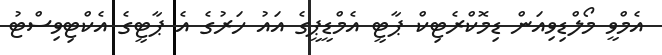
އެމްވީ މޯލްޑިވިއަން ޑިމޮކްރެޓިކް ޕާޓީ އެމްޑީޕީގެ އައު ހަރުގެ އެ ޕާޓީގެ އެކްޓިވިސްޓު